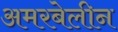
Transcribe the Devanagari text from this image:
अमरबेलीन